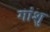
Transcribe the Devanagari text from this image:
गांशु